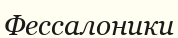
Фессалоники